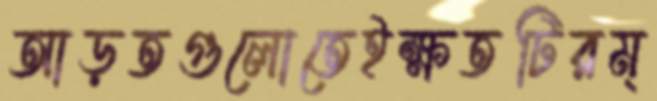
আড়তগুলোতেইক্ষতটিরম্